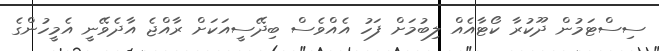
ސިސްޓަމުން ދޫކުރާ ކޯޓާއެއް ލިބުމަށް ފަހު އެއްވެސް ބިދޭސީއަކަށް ރާއްޖެ އާދެވޭނީ އެމީހުންގެ